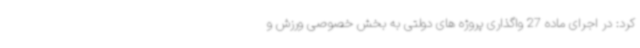
کرد: در اجرای ماده 27 واگذاری پروژه های دولتی به بخش خصوصی ورزش و